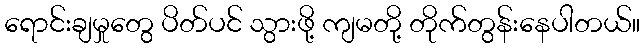
ရောင်းချမှုတွေ ပိတ်ပင် သွားဖို့ ကျမတို့ တိုက်တွန်းနေပါတယ်။